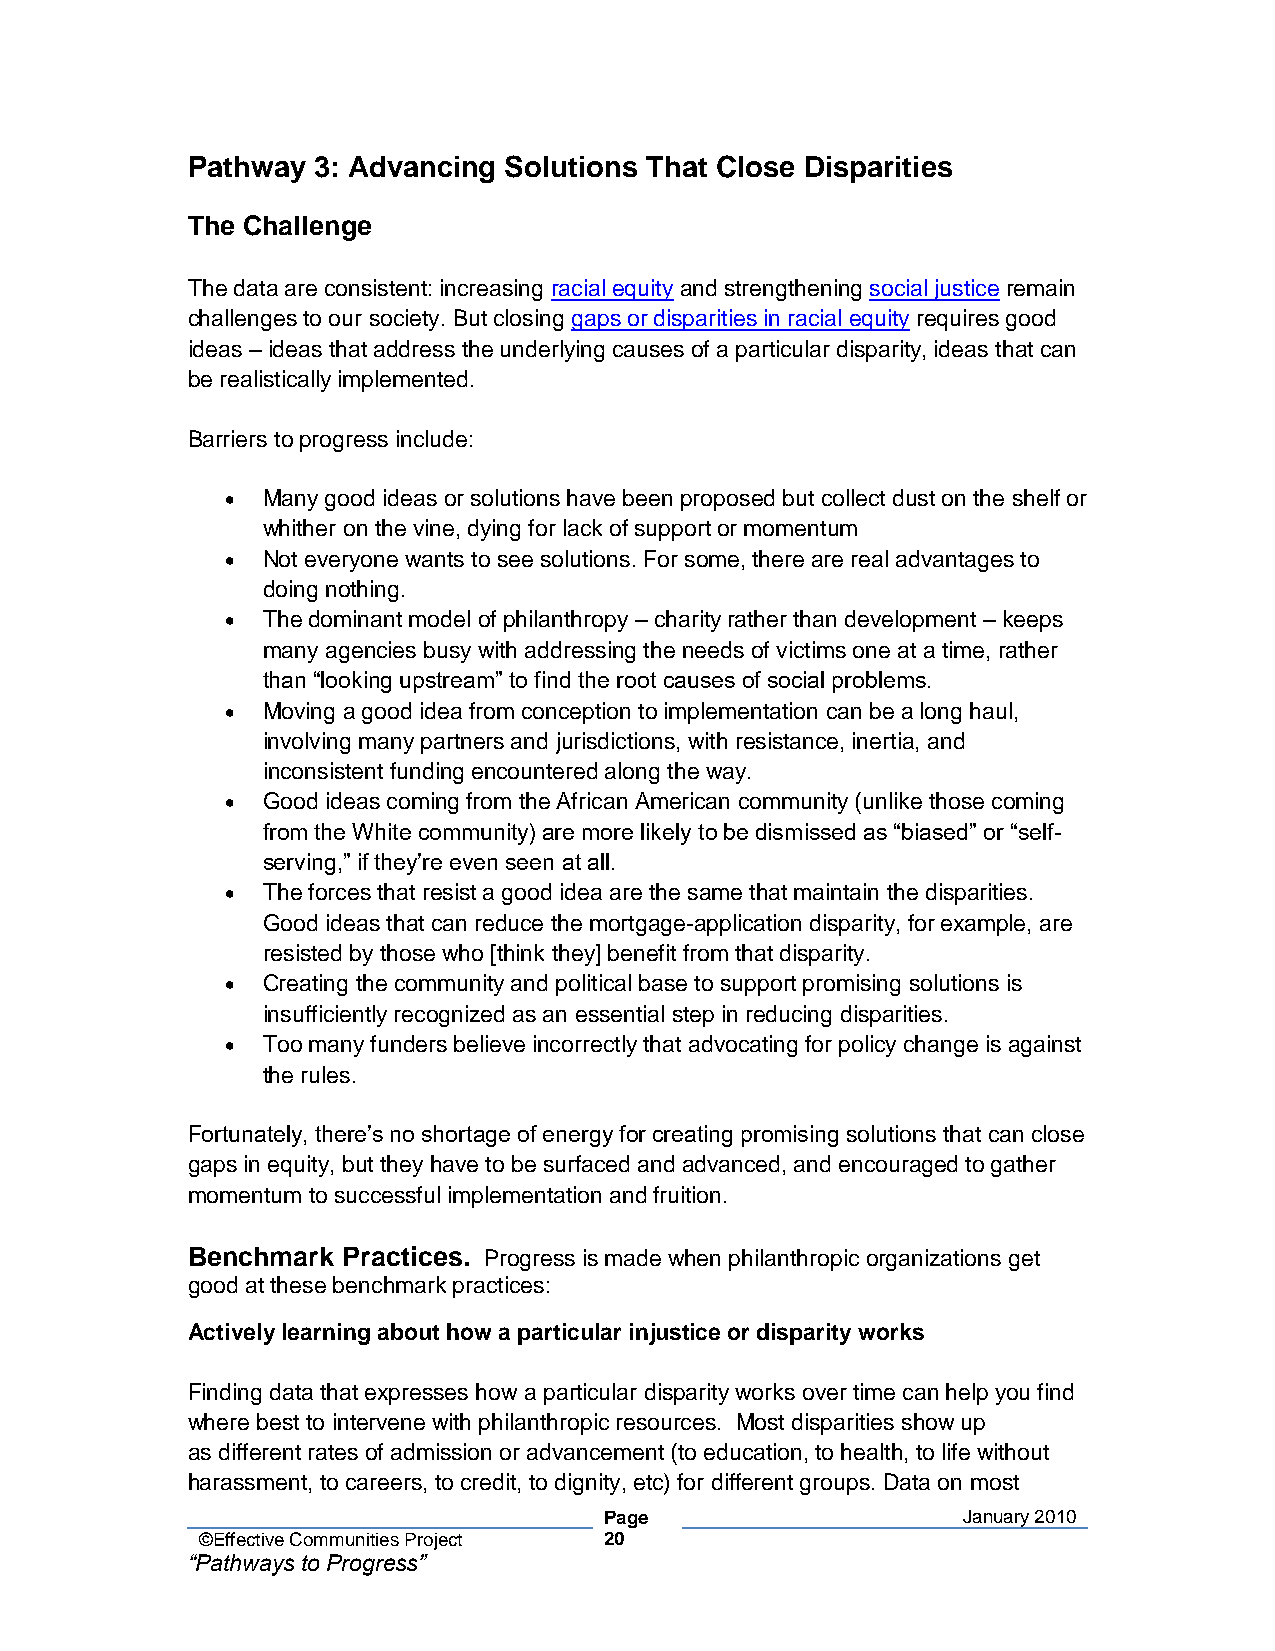
Pathway  3: Advancing Solutions That Close Disparities
 The Challenge
 The data are consistent: increasing racial equity and strengthening social justice remain
 challenges to our society. But closing gaps or disparities in racial equity requires good
 ideas – ideas that address the underlying causes of a particular disparity, ideas that can
 be realistically implemented.
 Barriers to progress include:
 • Many good ideas or solutions have been proposed but collect dust on the shelf or
 whither on the vine, dying for lack of support or momentum
 • Not everyone wants to see solutions. For some, there are real advantages to
 doing nothing.
 • The dominant model of philanthropy – charity rather than development – keeps
 many agencies busy with addressing the needs of victims one at a time, rather
 than “looking upstream” to find the root causes of social problems.
 • Moving a good idea from conception to implementation can be a long haul,
 involving many partners and jurisdictions, with resistance, inertia, and
 inconsistent funding encountered along the way.
 • Good ideas coming from the African American community (unlike those coming
 from the White community) are more likely to be dismissed as “biased” or “self-
 serving,” if they’re even seen at all.
 • The forces that resist a good idea are the same that maintain the disparities.
 Good ideas that can reduce the mortgage-application disparity, for example, are
 resisted by those who [think they] benefit from that disparity.
 • Creating the community and political base to support promising solutions is
 insufficiently recognized as an essential step in reducing disparities.
 • Too many funders believe incorrectly that advocating for policy change is against
 the rules.
 Fortunately, there’s no shortage of energy for creating promising solutions that can close
 gaps in equity, but they have to be surfaced and advanced, and encouraged to gather
 momentum to successful implementation and fruition.
 Benchmark  Practices. Progress is made when philanthropic organizations get
 good at these benchmark practices:
 Actively learning about how a particular injustice or disparity works
 Finding data that expresses how a particular disparity works over time can help you find
 where best to intervene with philanthropic resources. Most disparities show up
 as different rates of admission or advancement (to education, to health, to life without
 harassment, to careers, to credit, to dignity, etc) for different groups. Data on most
 Page                    January 2010
 ©Effective Communities Project 20
 “Pathways to Progress”